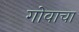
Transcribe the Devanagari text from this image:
गोवाचा